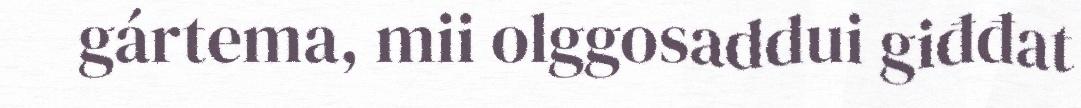
gártema, mii olggosaddui giđđat